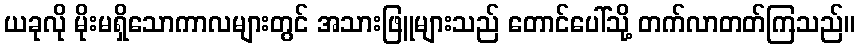
ယခုလို မိုးမရှိသောကာလများတွင် အသားဖြူများသည် တောင်ပေါ်သို့ တက်လာတတ်ကြသည်။